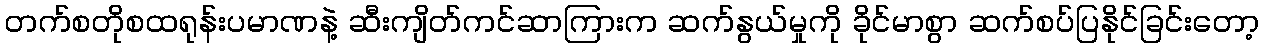
တက်စတိုစထရုန်းပမာဏနဲ့ ဆီးကျိတ်ကင်ဆာကြားက ဆက်နွယ်မှုကို ခိုင်မာစွာ ဆက်စပ်ပြနိုင်ခြင်းတော့